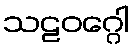
သဠဝဂ္ဂေါ